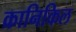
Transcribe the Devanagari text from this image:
क्रानिकिल